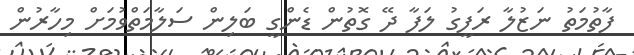
ފާތުމަތު ނަޒުލާ ރަފީގު ލަފާ ދޭ ގޮތުން ޑެންގީ ބަލިން ސަލާމަތްވުމަށް މިހާރުން